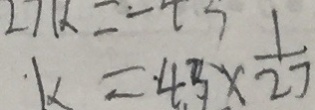
k = 4 3 \times \frac { 1 } { 2 7 }